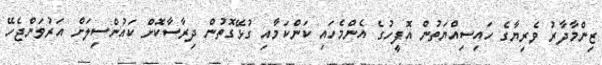
ޒިންމާދާރު ވެރިޔާގެ ހައިސިއްޔަތުން އޮފީހުގެ އެންމެހައި ކަންކަމާއި ގުޅޭގޮތުން ދިރާސާކޮށް ކައުންސިލަށް އަރުވަންޖެހޭ